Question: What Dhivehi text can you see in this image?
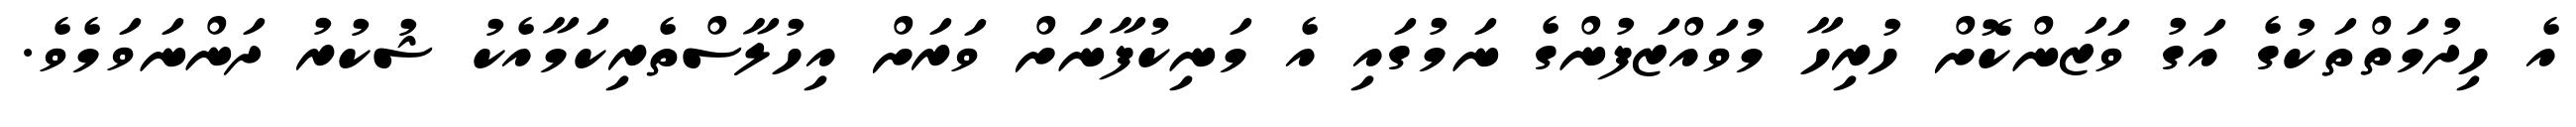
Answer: އެ ހިދުމަތްތަކުގެ އަގު ވަޒަންކޮށް ހުރިހާ މުވައްޒަފުންގެ ނަމުގައި އެ މަނިކުފާނަށް ވަރަށް އިހުލާސްތެރިކަމާއެކު ޝުކުރު ދަންނަވަމެވެ.